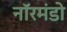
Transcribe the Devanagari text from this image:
नॉरमंडो